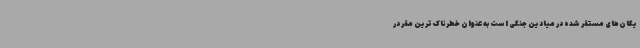
یگان‌های مستقر شده در میادین جنگی است به عنوان خطرناک‌ترین مقر در